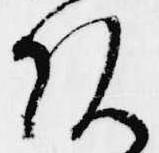
頭